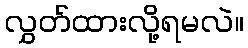
လွှတ်ထားလို့ရမလဲ။